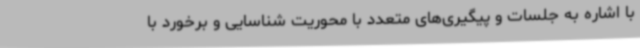
با اشاره به جلسات و پیگیری‌های متعدد با محوریت شناسایی و برخورد با